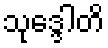
သုဒ္ဒေါတိ